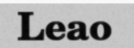
Leao